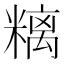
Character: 𥻿